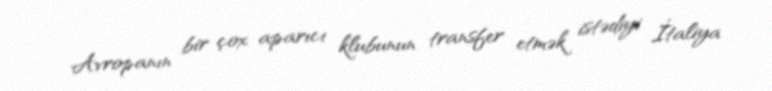
Avropanın bir çox aparıcı klubunun transfer etmək istədiyi İtaliya